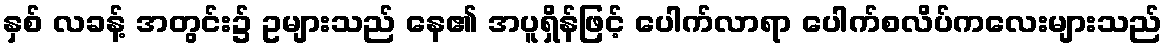
နှစ် လခန့် အတွင်း၌ ဥများသည် နေ၏ အပူရှိန်ဖြင့် ပေါက်လာရာ ပေါက်စလိပ်ကလေးများသည်